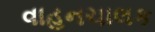
વાહનચાલક